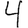
Digit: 4